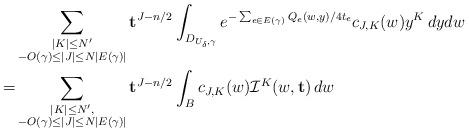
LaTeX: \begin{align*} &\sum_{\substack{|K| \leq N'\\ -O(\gamma) \leq |J| \leq N|E(\gamma)|} } \mathbf{t}^{J - n/2}\int_{D_{U_{\delta}, \gamma}} e^{-\sum_{e \in E(\gamma)} Q^{}_e(w, y)/4 t_e} c_{J, K}(w) y^K\, dy dw\\ = &\sum_{\substack{|K| \leq N', \\ -O(\gamma) \leq |J| \leq N|E(\gamma)|} }\mathbf{t}^{J - n/2} \int_B c_{J, K}(w) \mathcal{I}^K(w, \mathbf{t})\, dw\end{align*}